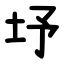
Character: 㘧